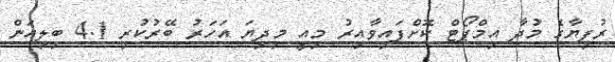
ރުފިޔާގެ މުދާ އިމްޕޯޓް ކޮށްފައިވާއިރު މިއީ މިދިޔަ އަހަރު ބޭރުކުރި 4.1 ބިލިއަން